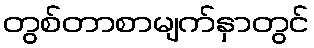
တွစ်တာစာမျက်နှာတွင်